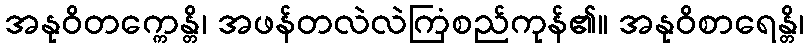
အနုဝိတက္ကေန္တိ၊ အဖန်တလဲလဲကြံစည်ကုန်၏။ အနုဝိစာရေန္တိ၊